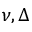
\nu , \Delta